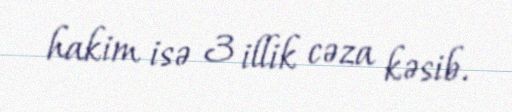
hakim isə 3 illik cəza kəsib.